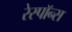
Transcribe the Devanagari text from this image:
रेस्पाॅन्स